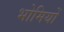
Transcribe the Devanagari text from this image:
भोमियों